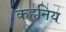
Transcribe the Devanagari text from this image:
कहनिय